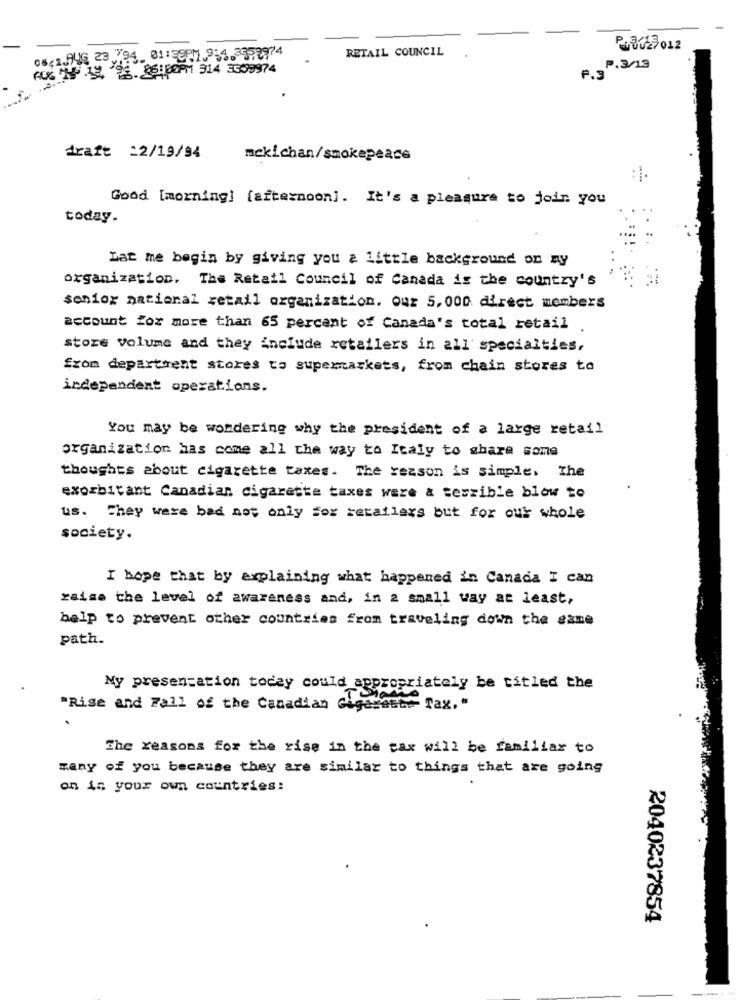
RETAIL COUNCIL
Po8027012
08.2.AUG 23 194. 01:3997 914.3358974
AUX 1 .17 88 86:00PM 314 3539974
P.3/13
F.3
draft _2/19/94
mekichan/smokepeace
Good [morning] [afternoon]. It's a pleasure to join you
today.
Lat me begin by giving you a little background on my
organization, The Retail Council of Canada is the country's
senior national retail organization. Ouz 5,000 direct members
account for more than 65 percent of Canada's total retail
store volume and they include retailers in all' specialties,
from department stores to supermarkets, from chain stores to
independent operations.
You may be wondering why the president of a large retail
organization has come all the way to Italy to share some
thoughts about cigarette taxes. The reason is simple, The
exorbitant Canadian cigarette taxes were & terrible blow to
us. They were bad not only for retailers but for our whole
society.
I hope that by explaining what happened in Canada I can
raise the level of awareness and, in 2 small way at least,
help to prevent other countries from traveling down the same
path.
My presentation today could appropriately be titled the
"Rise and Fall of the Canadian Gigagest+ Tax,"
The reasons for the rise in the cax will be familiar to
many of you because they are similar to things that are going
on in your own countries:
2040237854